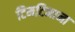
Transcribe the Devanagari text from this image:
टिमटिमाना